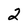
Character: 2